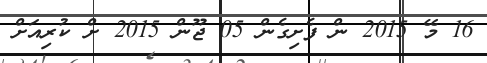
16 މޭ 2015 ން ފެށިގެން 05 ޖޫން 2015 ށް ކުރިއަށް